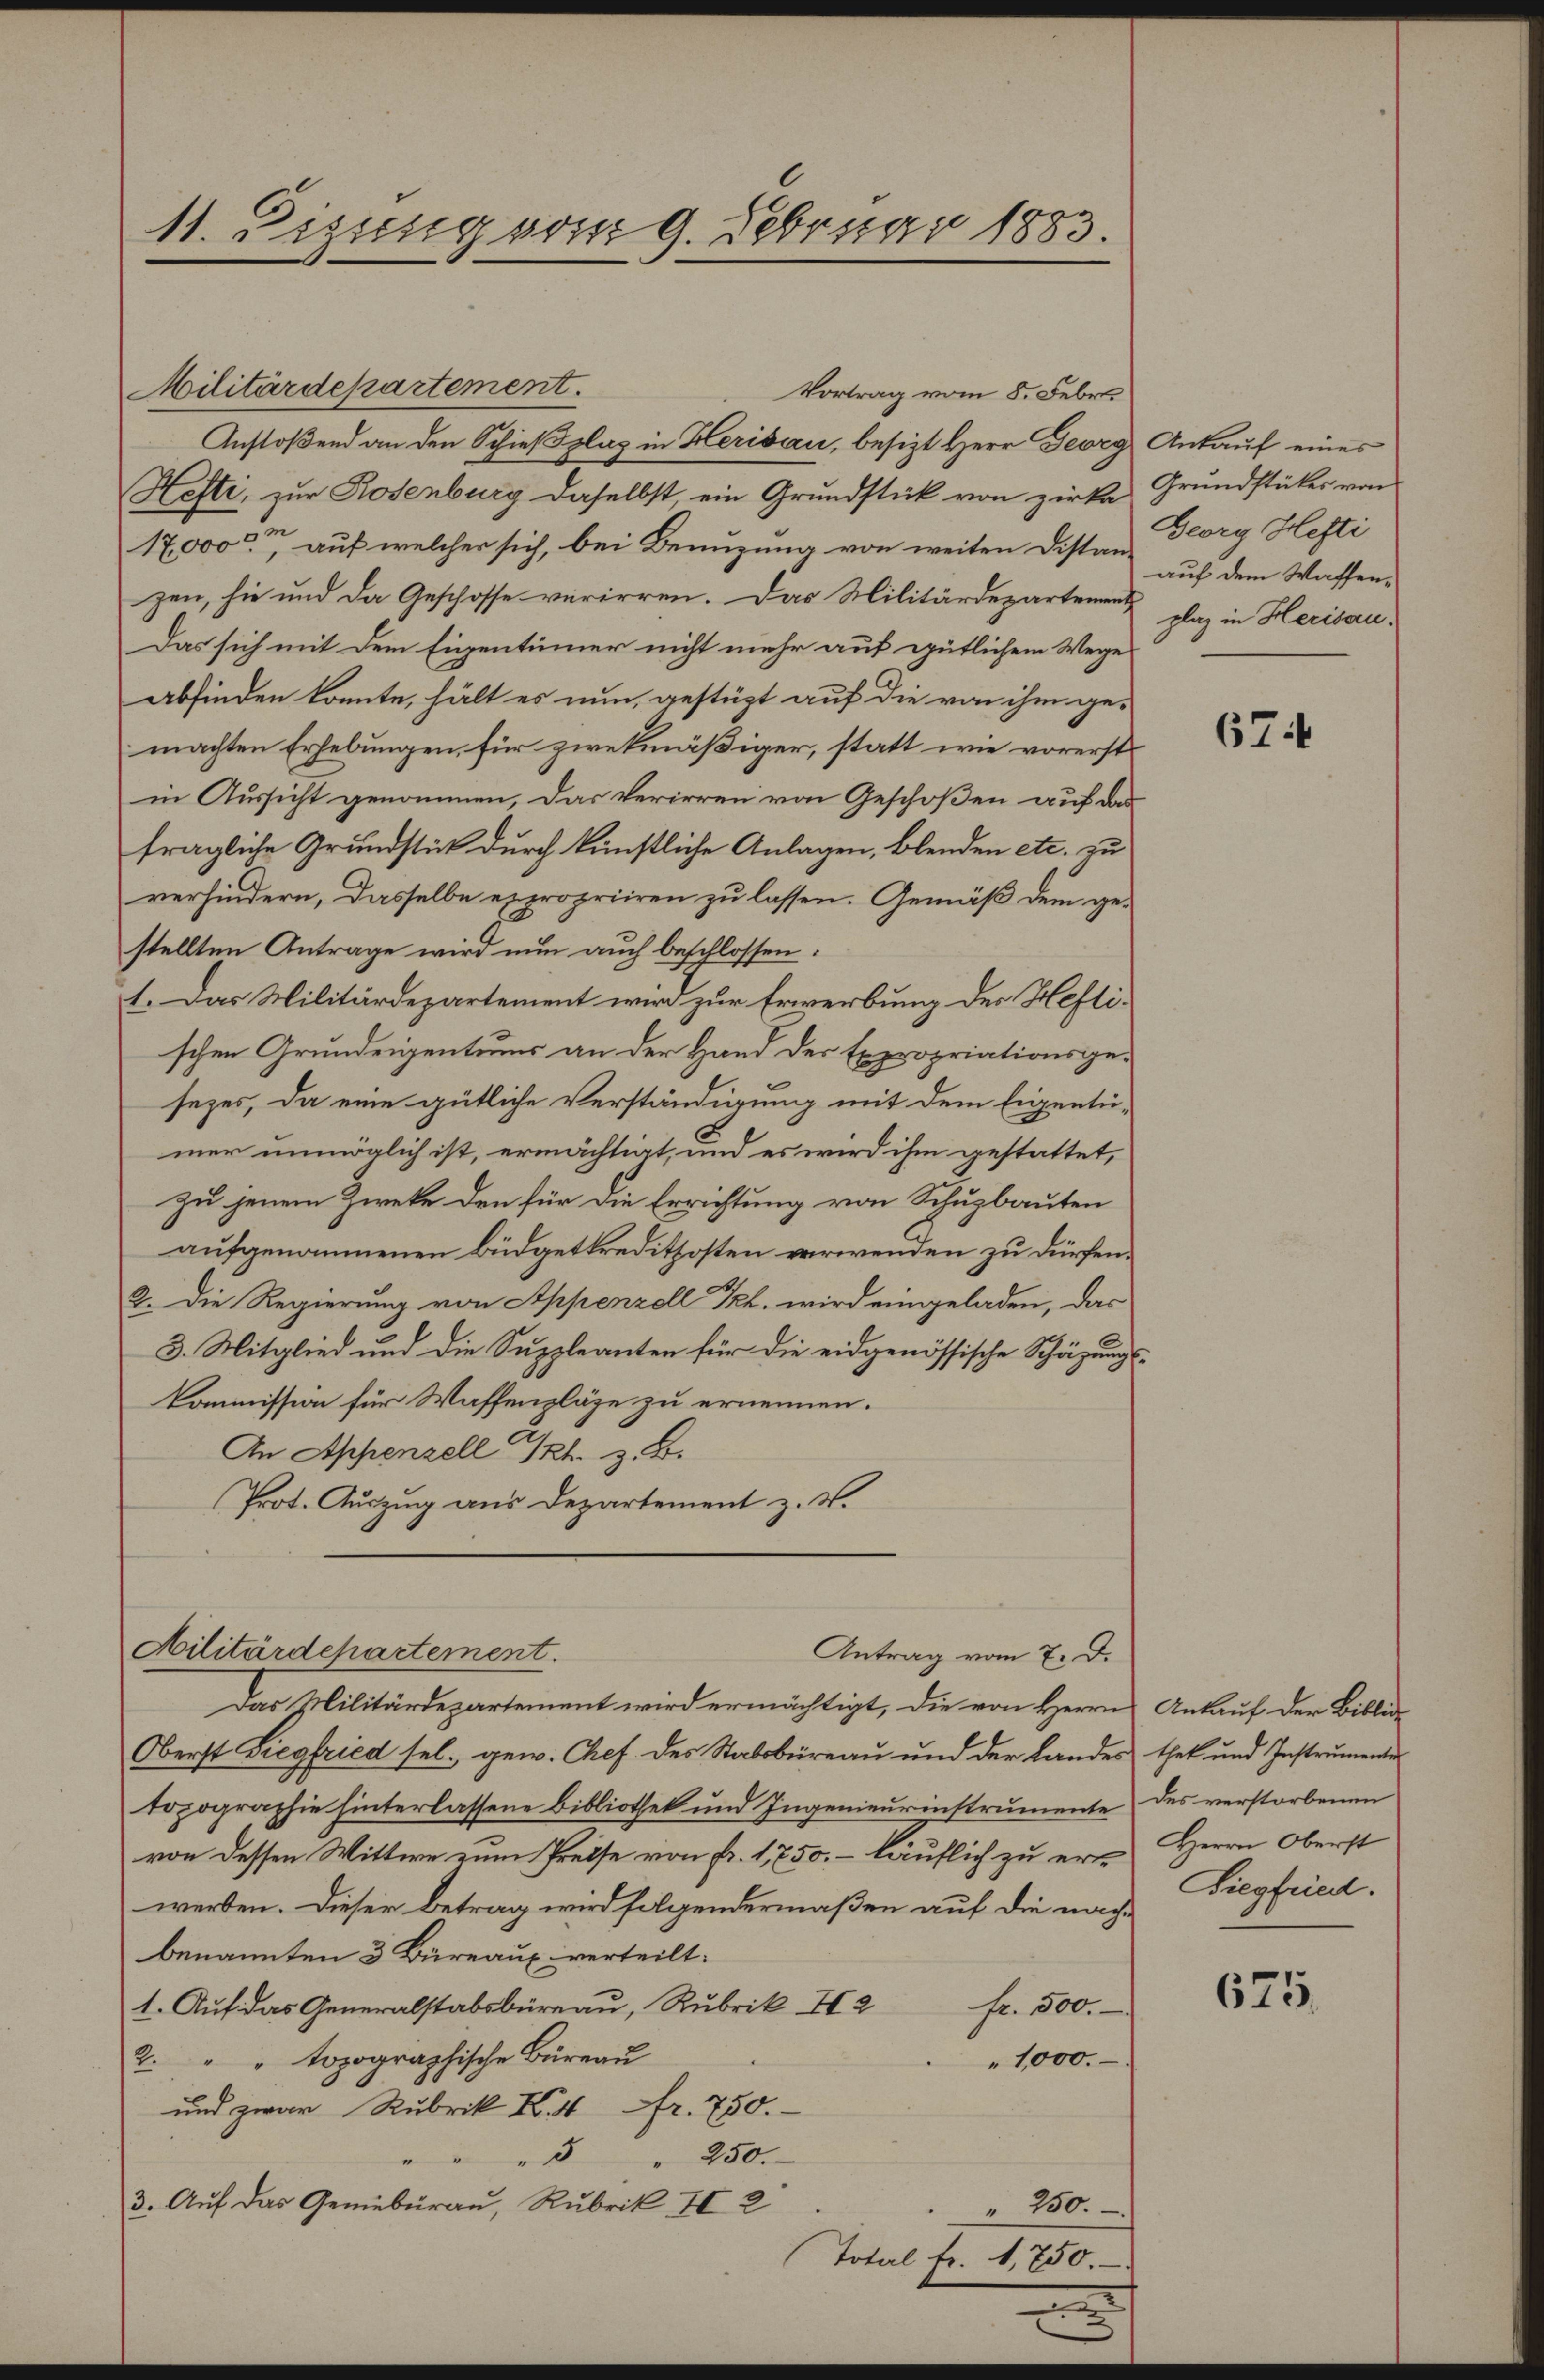
11. Disseng vom 9. Februar 1883.

Militärdepartement.
Anstoßend an den Schießplaz in Herisau, besizt Herr Georg Ankauf eines
Hesti, zur Rosenburg daselbst, ein Grundstück von zirke Grundstücker von
17,000 auf welcher sich, bei Benuzung von weiten Distanzen, sie und da Geschosse verirren. Das Militärdepartement
Das sich mit dem Eigentümer nicht mehr auf gütlichem Wege
abfinden konnte, hält es nun, gestüzt auf die von ihm gemachten Erhebungen, für zwekmäßiger, statt wie vorerstin Aussicht genommen, das Verirren von Geschoßen auf das
fragliche Grundstück durch künstliche Anlagen, blenden etc. zu
verhindern, dasselbe expropriiren zu lassen. Gemäß dem gestellten Antrage wird nun auch beschlossen:
1. Das Militärdepartement wird zur Erwerbung des Hefti-
schen Grundeigentums an der Hand der Expropriationsgesezes, da eine gütliche Verständigung mit dem Eigentü-
mer unmöglich ist, ermächtigt, und es wird ihm gestattet,
zu jenem Zieke den für die Errichtung von Schuzbauten
aufgenommenen Büdgetkreditzosten verwenden zu dürfen.
2. Die Regierung von Appenzell Frl. wird eingeladen, das
3. Mitglied und die Suppleanten für die eidgenössische Schäzungs¬
Kommission für Waffenpläge zu ernennen.
An Appenzell Grk. z. B.
Prot. Auszug aus Departement z. B.
Militärdepartement.
Antrag vom 7. d.
Das Militärdepartement wird ermächtigt, die von Herrn Ankauf der Biblio-
Oberst Siegfried sel. gew. Chef des Stabsbureau und der Landes thek und Instrumente
topographie hinterlassene Bibliothek und Ingenieurinstrumente des verstorbenen
von dessen Wittwe zum Preise von Fr. 1750. – läuflich zu erwerden. Dieser Betrag wird folgendermaßen auf die nachbenannten 3 Büreaux verteilt.
1. Aŭf das Generalstabsbüreaŭ, Rubrik I2 fr. 500.
2. " " topographische Büreaŭ
1,000.
und zwar Rubrik X.4 Fr. 750.
" 250.
3. Auf das Geneburau, Rubrik II 2
" 250.

Vortrag vom 8. Febr.

.

7.

Georg Hefti
auf dem Wassenplaz in Herisau.

674

Herrn Oberst
Siegfried.

675.